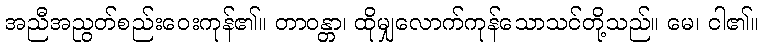
အညီအညွတ်စည်းဝေးကုန်၏။ တာဝန္တာ၊ ထိုမျှလောက်ကုန်သောသင်တို့သည်။ မေ၊ ငါ၏။